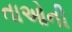
તાઓની